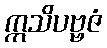
ဣသိပဗ္ဗဇံ